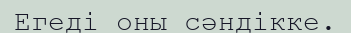
Егеді оны сәндікке.